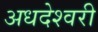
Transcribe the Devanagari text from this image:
अधदेश्वरी